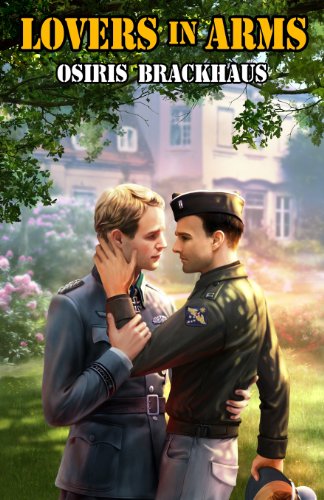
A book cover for Lovers in Arms; Osiris Brackhaus; Romance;